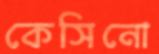
কেসিনো